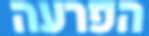
הפרעה